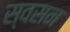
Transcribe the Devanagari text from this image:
स्वसन